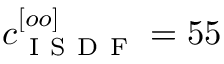
c _ { \mathrm { ~ I ~ S ~ D ~ F ~ } } ^ { [ o o ] } = 5 5